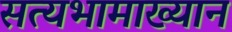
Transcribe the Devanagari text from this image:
सत्यभामाख्यान